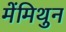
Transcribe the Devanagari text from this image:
मेंमिथुन